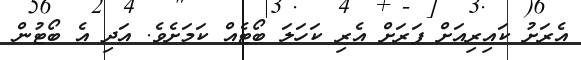
އެރަށު ކައިރިއަށް ފަރަށް އެރި ކަހަލަ ބޯޓެއް ކަމަށެވެ. އަދި އެ ބޯޓުން